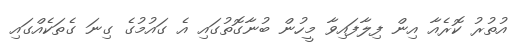
އުތުރު ކޮރެއާ އިން ފިލާފައިވާ މީހުން ބުނާގޮތުގައި އެ ގައުމުގެ ގިނަ ގެތަކެއްގައި